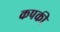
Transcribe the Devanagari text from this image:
कपकी